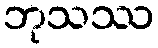
ဘုသဿ